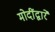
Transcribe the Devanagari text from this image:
मोदींद्वारे